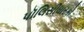
પૉલિસીધારકો